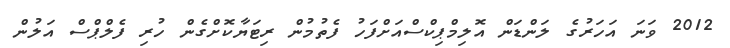
2012 ވަނަ އަހަރުގެ ލަންޑަން އޮލިމްޕިކްސްއަށްފަހު ފެތުމުން ރިޓަޔާކޮށްގެން ހުރި ފެލްޕްސް އަލުން